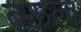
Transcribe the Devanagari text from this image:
बऊला